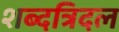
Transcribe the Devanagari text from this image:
शब्दत्रिदल